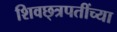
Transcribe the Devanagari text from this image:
शिवछ्त्रपतींच्या